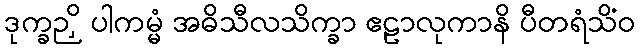
ဒုက္ခဉှိ ပါကမ္မံ အဓိသီလသိက္ခာ ဧဠာလုကာနိ ပီတရံသိံဝ